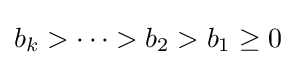
b_{k}>\dotsm >b_{2}>b_{1}\geq 0